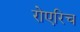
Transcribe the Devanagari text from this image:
रोएरिच